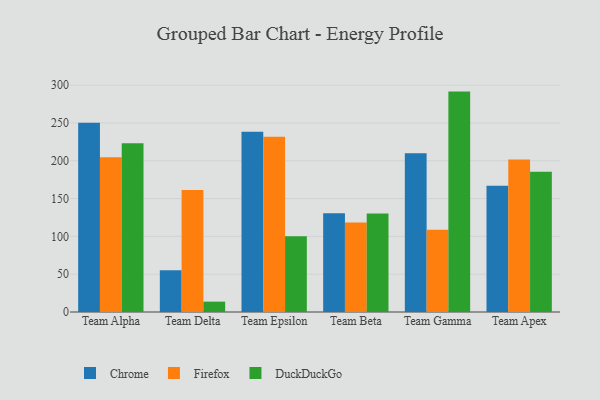
{"axis": {"x": "Team", "y": "Market Share (%)"}, "legend": ["Chrome", "DuckDuckGo", "Firefox"], "data": [{"x": "Team Alpha", "y": 250.2, "type": "Chrome"}, {"x": "Team Alpha", "y": 204.8, "type": "Firefox"}, {"x": "Team Alpha", "y": 223.3, "type": "DuckDuckGo"}, {"x": "Team Delta", "y": 55.2, "type": "Chrome"}, {"x": "Team Delta", "y": 161.5, "type": "Firefox"}, {"x": "Team Delta", "y": 13.7, "type": "DuckDuckGo"}, {"x": "Team Epsilon", "y": 238.5, "type": "Chrome"}, {"x": "Team Epsilon", "y": 231.7, "type": "Firefox"}, {"x": "Team Epsilon", "y": 100.2, "type": "DuckDuckGo"}, {"x": "Team Beta", "y": 130.7, "type": "Chrome"}, {"x": "Team Beta", "y": 118.5, "type": "Firefox"}, {"x": "Team Beta", "y": 130.3, "type": "DuckDuckGo"}, {"x": "Team Gamma", "y": 210.0, "type": "Chrome"}, {"x": "Team Gamma", "y": 108.7, "type": "Firefox"}, {"x": "Team Gamma", "y": 291.5, "type": "DuckDuckGo"}, {"x": "Team Apex", "y": 167.1, "type": "Chrome"}, {"x": "Team Apex", "y": 201.7, "type": "Firefox"}, {"x": "Team Apex", "y": 185.5, "type": "DuckDuckGo"}]}